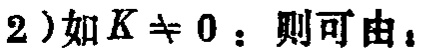
2）如 \(K \neq 0\)：则可由：